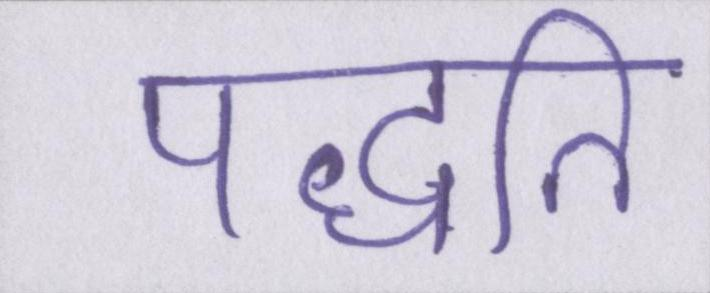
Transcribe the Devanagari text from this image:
पद्धति